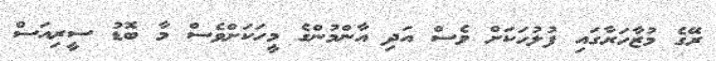
ރޭގެ މުޒާހަރާގައި ފުލުހަކަށް ވެސް އަދި އާންމުންގެ މީހަކަށްވެސް މާ ބޮޑު ސީރިއަސް